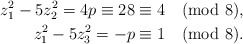
\begin{align*} z_{1}^{2} - 5z_{2}^{2} = 4p \equiv 28 \equiv 4 \pmod 8,\\ z_{1}^{2} - 5z_{3}^{2} = -p \equiv 1 \pmod 8.\end{align*}